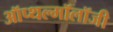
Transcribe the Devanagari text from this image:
ऑप्थल्मॉलॉजी